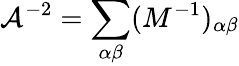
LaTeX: \mathcal{A}^{-2}=\sum_{\alpha\beta}(M^{-1})_{\alpha\beta}